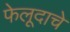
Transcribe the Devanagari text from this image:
फेलूदाचे